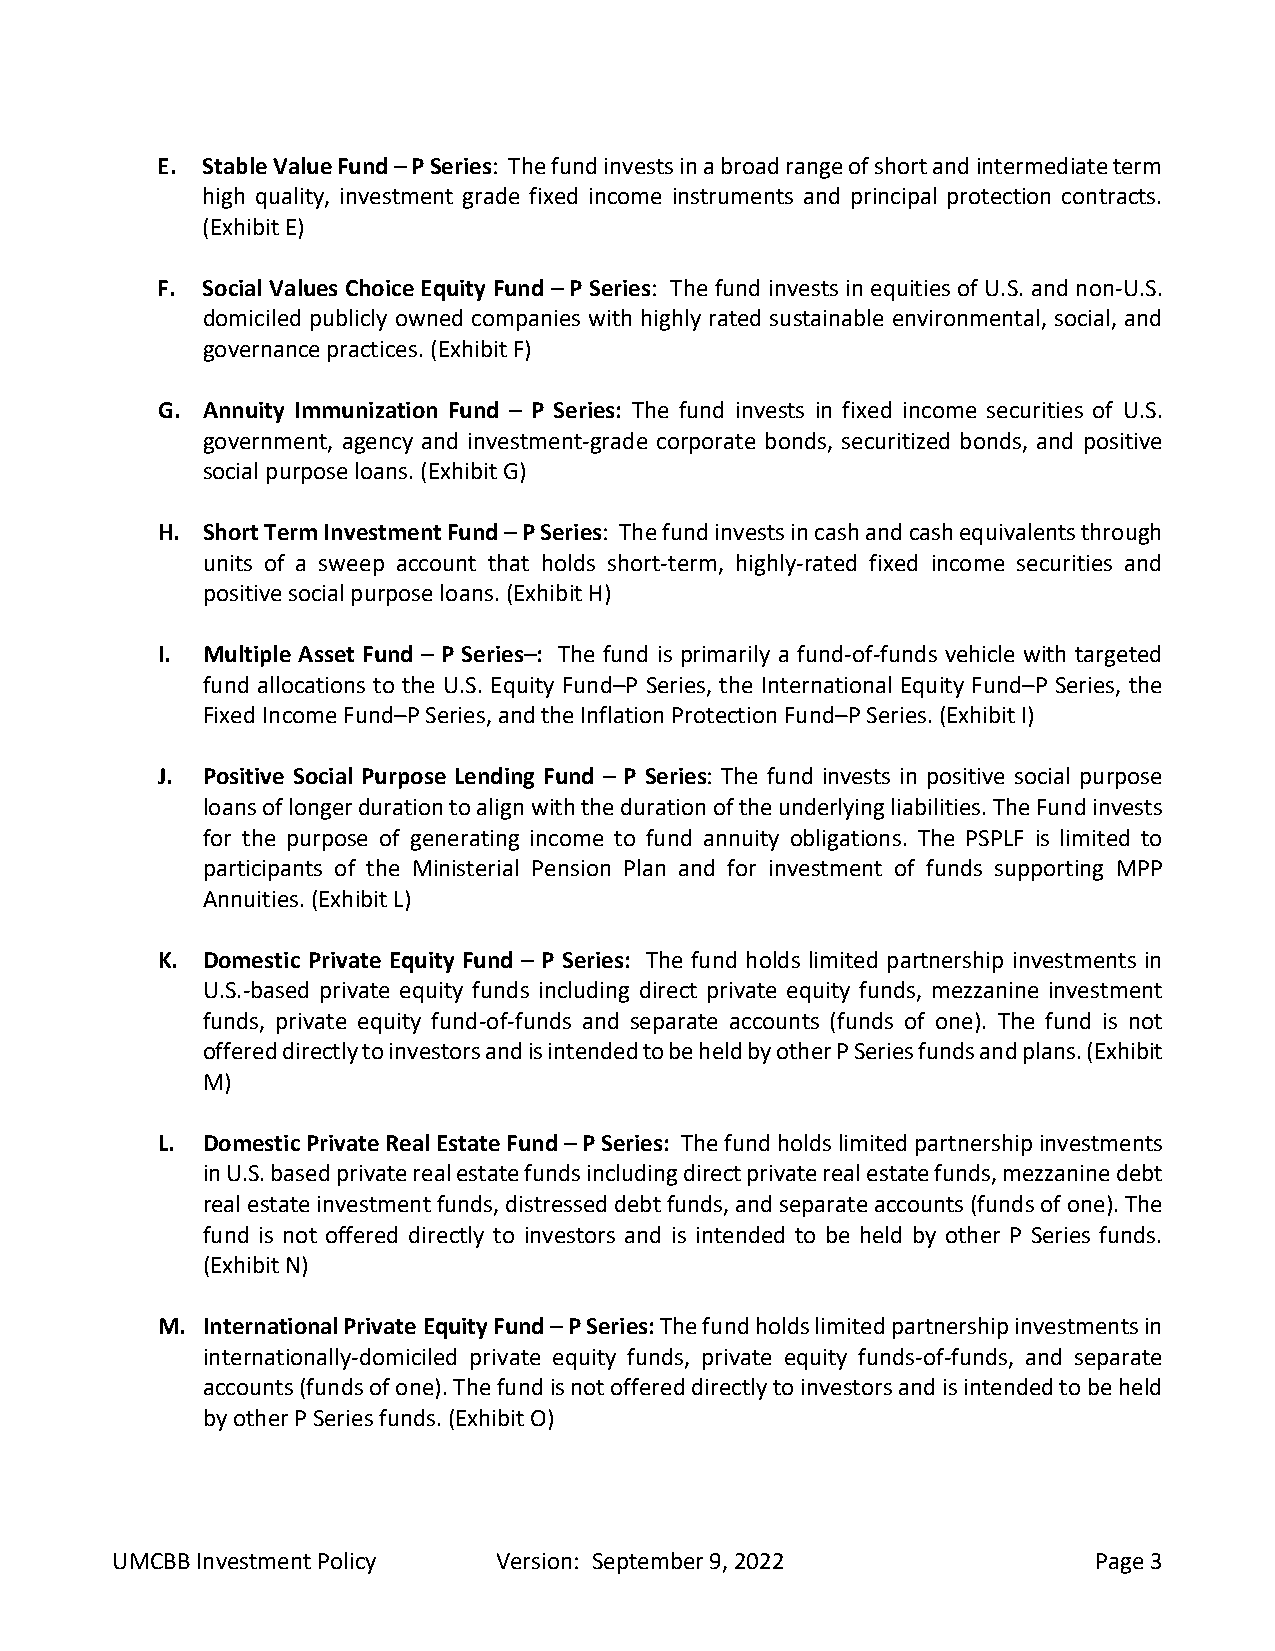
E. Stable Value Fund – P Series: The fund invests in a broad range of short and intermediate term
 high quality, investment grade fixed income instruments and principal protection contracts.
 (Exhibit E)
 F. Social Values Choice Equity Fund – P Series: The fund invests in equities of U.S. and non-U.S.
 domiciled publicly owned companies with highly rated sustainable environmental, social, and
 governance practices. (Exhibit F)
 G. Annuity Immunization Fund – P Series: The fund invests in fixed income securities of U.S.
 government, agency and investment-grade corporate bonds, securitized bonds, and positive
 social purpose loans. (Exhibit G)
 H. Short Term Investment Fund – P Series: The fund invests in cash and cash equivalents through
 units of a sweep account that holds short-term, highly-rated fixed income securities and
 positive social purpose loans. (Exhibit H)
 I. Multiple Asset Fund – P Series–: The fund is primarily a fund-of-funds vehicle with targeted
 fund allocations to the U.S. Equity Fund–P Series, the International Equity Fund–P Series, the
 Fixed Income Fund–P Series, and the Inflation Protection Fund–P Series. (Exhibit I)
 J. Positive Social Purpose Lending Fund – P Series: The fund invests in positive social purpose
 loans of longer duration to align with the duration of the underlying liabilities. The Fund invests
 for the purpose of generating income to fund annuity obligations. The PSPLF is limited to
 participants of the Ministerial Pension Plan and for investment of funds supporting MPP
 Annuities. (Exhibit L)
 K. Domestic Private Equity Fund – P Series: The fund holds limited partnership investments in
 U.S.-based private equity funds including direct private equity funds, mezzanine investment
 funds, private equity fund-of-funds and separate accounts (funds of one). The fund is not
 offered directly to investors and is intended to be held by other P Series funds and plans. (Exhibit
 M)
 L. Domestic Private Real Estate Fund – P Series: The fund holds limited partnership investments
 in U.S. based private real estate funds including direct private real estate funds, mezzanine debt
 real estate investment funds, distressed debt funds, and separate accounts (funds of one). The
 fund is not offered directly to investors and is intended to be held by other P Series funds.
 (Exhibit N)
 M. International Private Equity Fund – P Series: The fund holds limited partnership investments in
 internationally-domiciled private equity funds, private equity funds-of-funds, and separate
 accounts (funds of one). The fund is not offered directly to investors and is intended to be held
 by other P Series funds. (Exhibit O)
 UMCBB Investment Policy   Version: September 9, 2022              Page 3